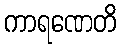
ကာရဏေတိ